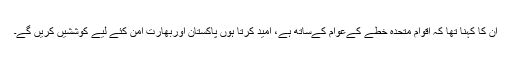
ان کا کہنا تھا کہ اقوام متحدہ خطے کےعوام کےساتھ ہے، امید کرتا ہوں پاکستان اوربھارت امن کئے لیے کوششیں کریں گے۔